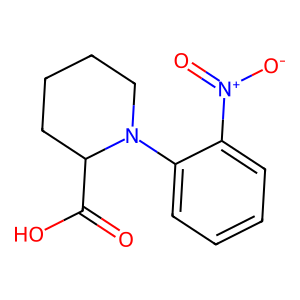
SMILES: O=C(O)C1CCCCN1c1ccccc1[N+](=O)[O-]
Inhibits HIV replication: No